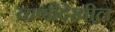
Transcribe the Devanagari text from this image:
वाणीदेखील